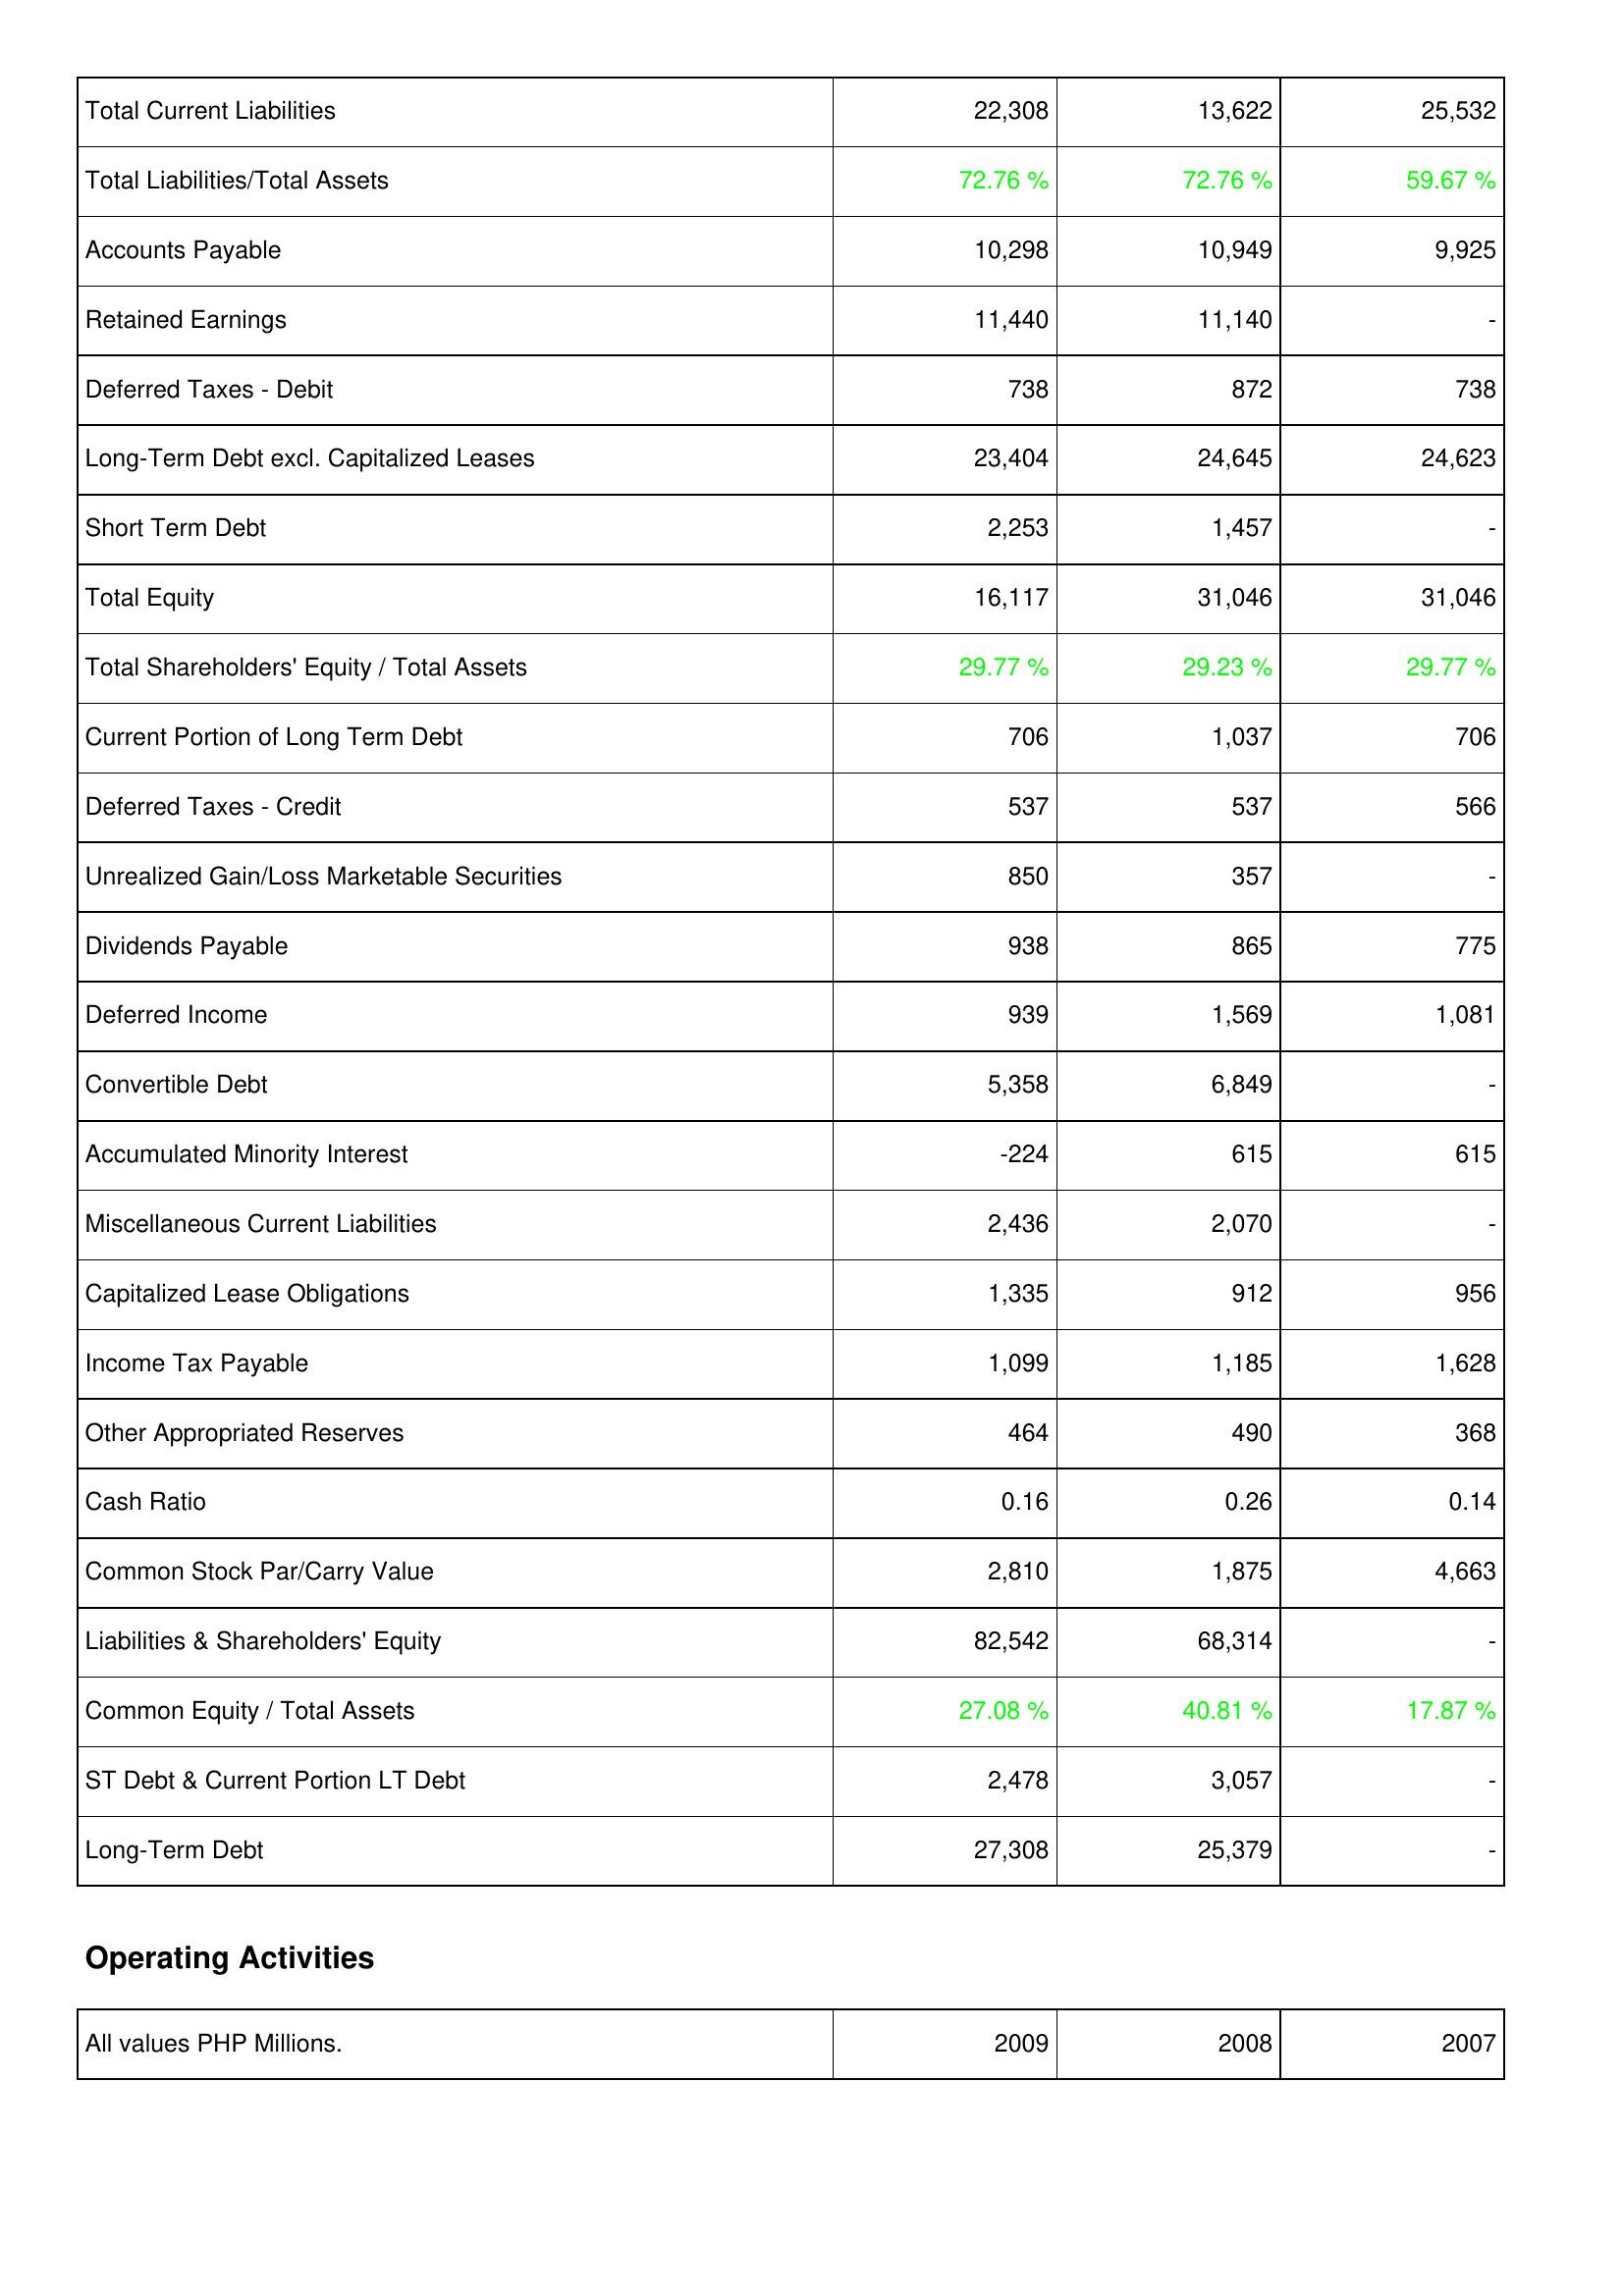
2009: Liabilities & Shareholders' Equity: Total Current Liabilities: 22,308
Total Liabilities/Total Assets: 72.76 %
Accounts Payable: 10,298
Retained Earnings: 11,440
Deferred Taxes - Debit: 738
Long-Term Debt excl. Capitalized Leases: 23,404
Short Term Debt: 2,253
Total Equity: 16,117
Total Shareholders' Equity / Total Assets: 29.77 %
Current Portion of Long Term Debt: 706
Deferred Taxes - Credit: 537
Unrealized Gain/Loss Marketable Securities: 850
Dividends Payable: 938
Deferred Income: 939
Convertible Debt: 5,358
Accumulated Minority Interest: -224
Miscellaneous Current Liabilities: 2,436
Capitalized Lease Obligations: 1,335
Income Tax Payable: 1,099
Other Appropriated Reserves: 464
Cash Ratio: 0.16
Common Stock Par/Carry Value: 2,810
Liabilities & Shareholders' Equity: 82,542
Common Equity / Total Assets: 27.08 %
ST Debt & Current Portion LT Debt: 2,478
Long-Term Debt: 27,308
2008: Liabilities & Shareholders' Equity: Total Current Liabilities: 13,622
Total Liabilities/Total Assets: 72.76 %
Accounts Payable: 10,949
Retained Earnings: 11,140
Deferred Taxes - Debit: 872
Long-Term Debt excl. Capitalized Leases: 24,645
Short Term Debt: 1,457
Total Equity: 31,046
Total Shareholders' Equity / Total Assets: 29.23 %
Current Portion of Long Term Debt: 1,037
Deferred Taxes - Credit: 537
Unrealized Gain/Loss Marketable Securities: 357
Dividends Payable: 865
Deferred Income: 1,569
Convertible Debt: 6,849
Accumulated Minority Interest: 615
Miscellaneous Current Liabilities: 2,070
Capitalized Lease Obligations: 912
Income Tax Payable: 1,185
Other Appropriated Reserves: 490
Cash Ratio: 0.26
Common Stock Par/Carry Value: 1,875
Liabilities & Shareholders' Equity: 68,314
Common Equity / Total Assets: 40.81 %
ST Debt & Current Portion LT Debt: 3,057
Long-Term Debt: 25,379
2007: Liabilities & Shareholders' Equity: Total Current Liabilities: 25,532
Total Liabilities/Total Assets: 59.67 %
Accounts Payable: 9,925
Retained Earnings: -
Deferred Taxes - Debit: 738
Long-Term Debt excl. Capitalized Leases: 24,623
Short Term Debt: -
Total Equity: 31,046
Total Shareholders' Equity / Total Assets: 29.77 %
Current Portion of Long Term Debt: 706
Deferred Taxes - Credit: 566
Unrealized Gain/Loss Marketable Securities: -
Dividends Payable: 775
Deferred Income: 1,081
Convertible Debt: -
Accumulated Minority Interest: 615
Miscellaneous Current Liabilities: -
Capitalized Lease Obligations: 956
Income Tax Payable: 1,628
Other Appropriated Reserves: 368
Cash Ratio: 0.14
Common Stock Par/Carry Value: 4,663
Liabilities & Shareholders' Equity: -
Common Equity / Total Assets: 17.87 %
ST Debt & Current Portion LT Debt: -
Long-Term Debt: -